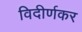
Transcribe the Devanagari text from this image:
विदीर्णकर